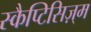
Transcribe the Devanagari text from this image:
स्कैप्टिसिज़्म